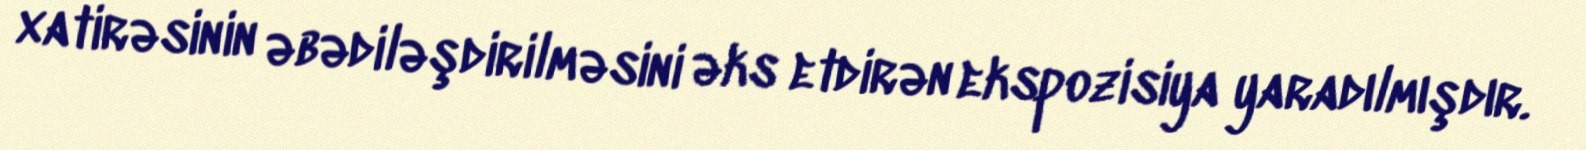
xatirəsinin əbədiləşdirilməsini əks etdirən ekspozisiya yaradılmışdır.